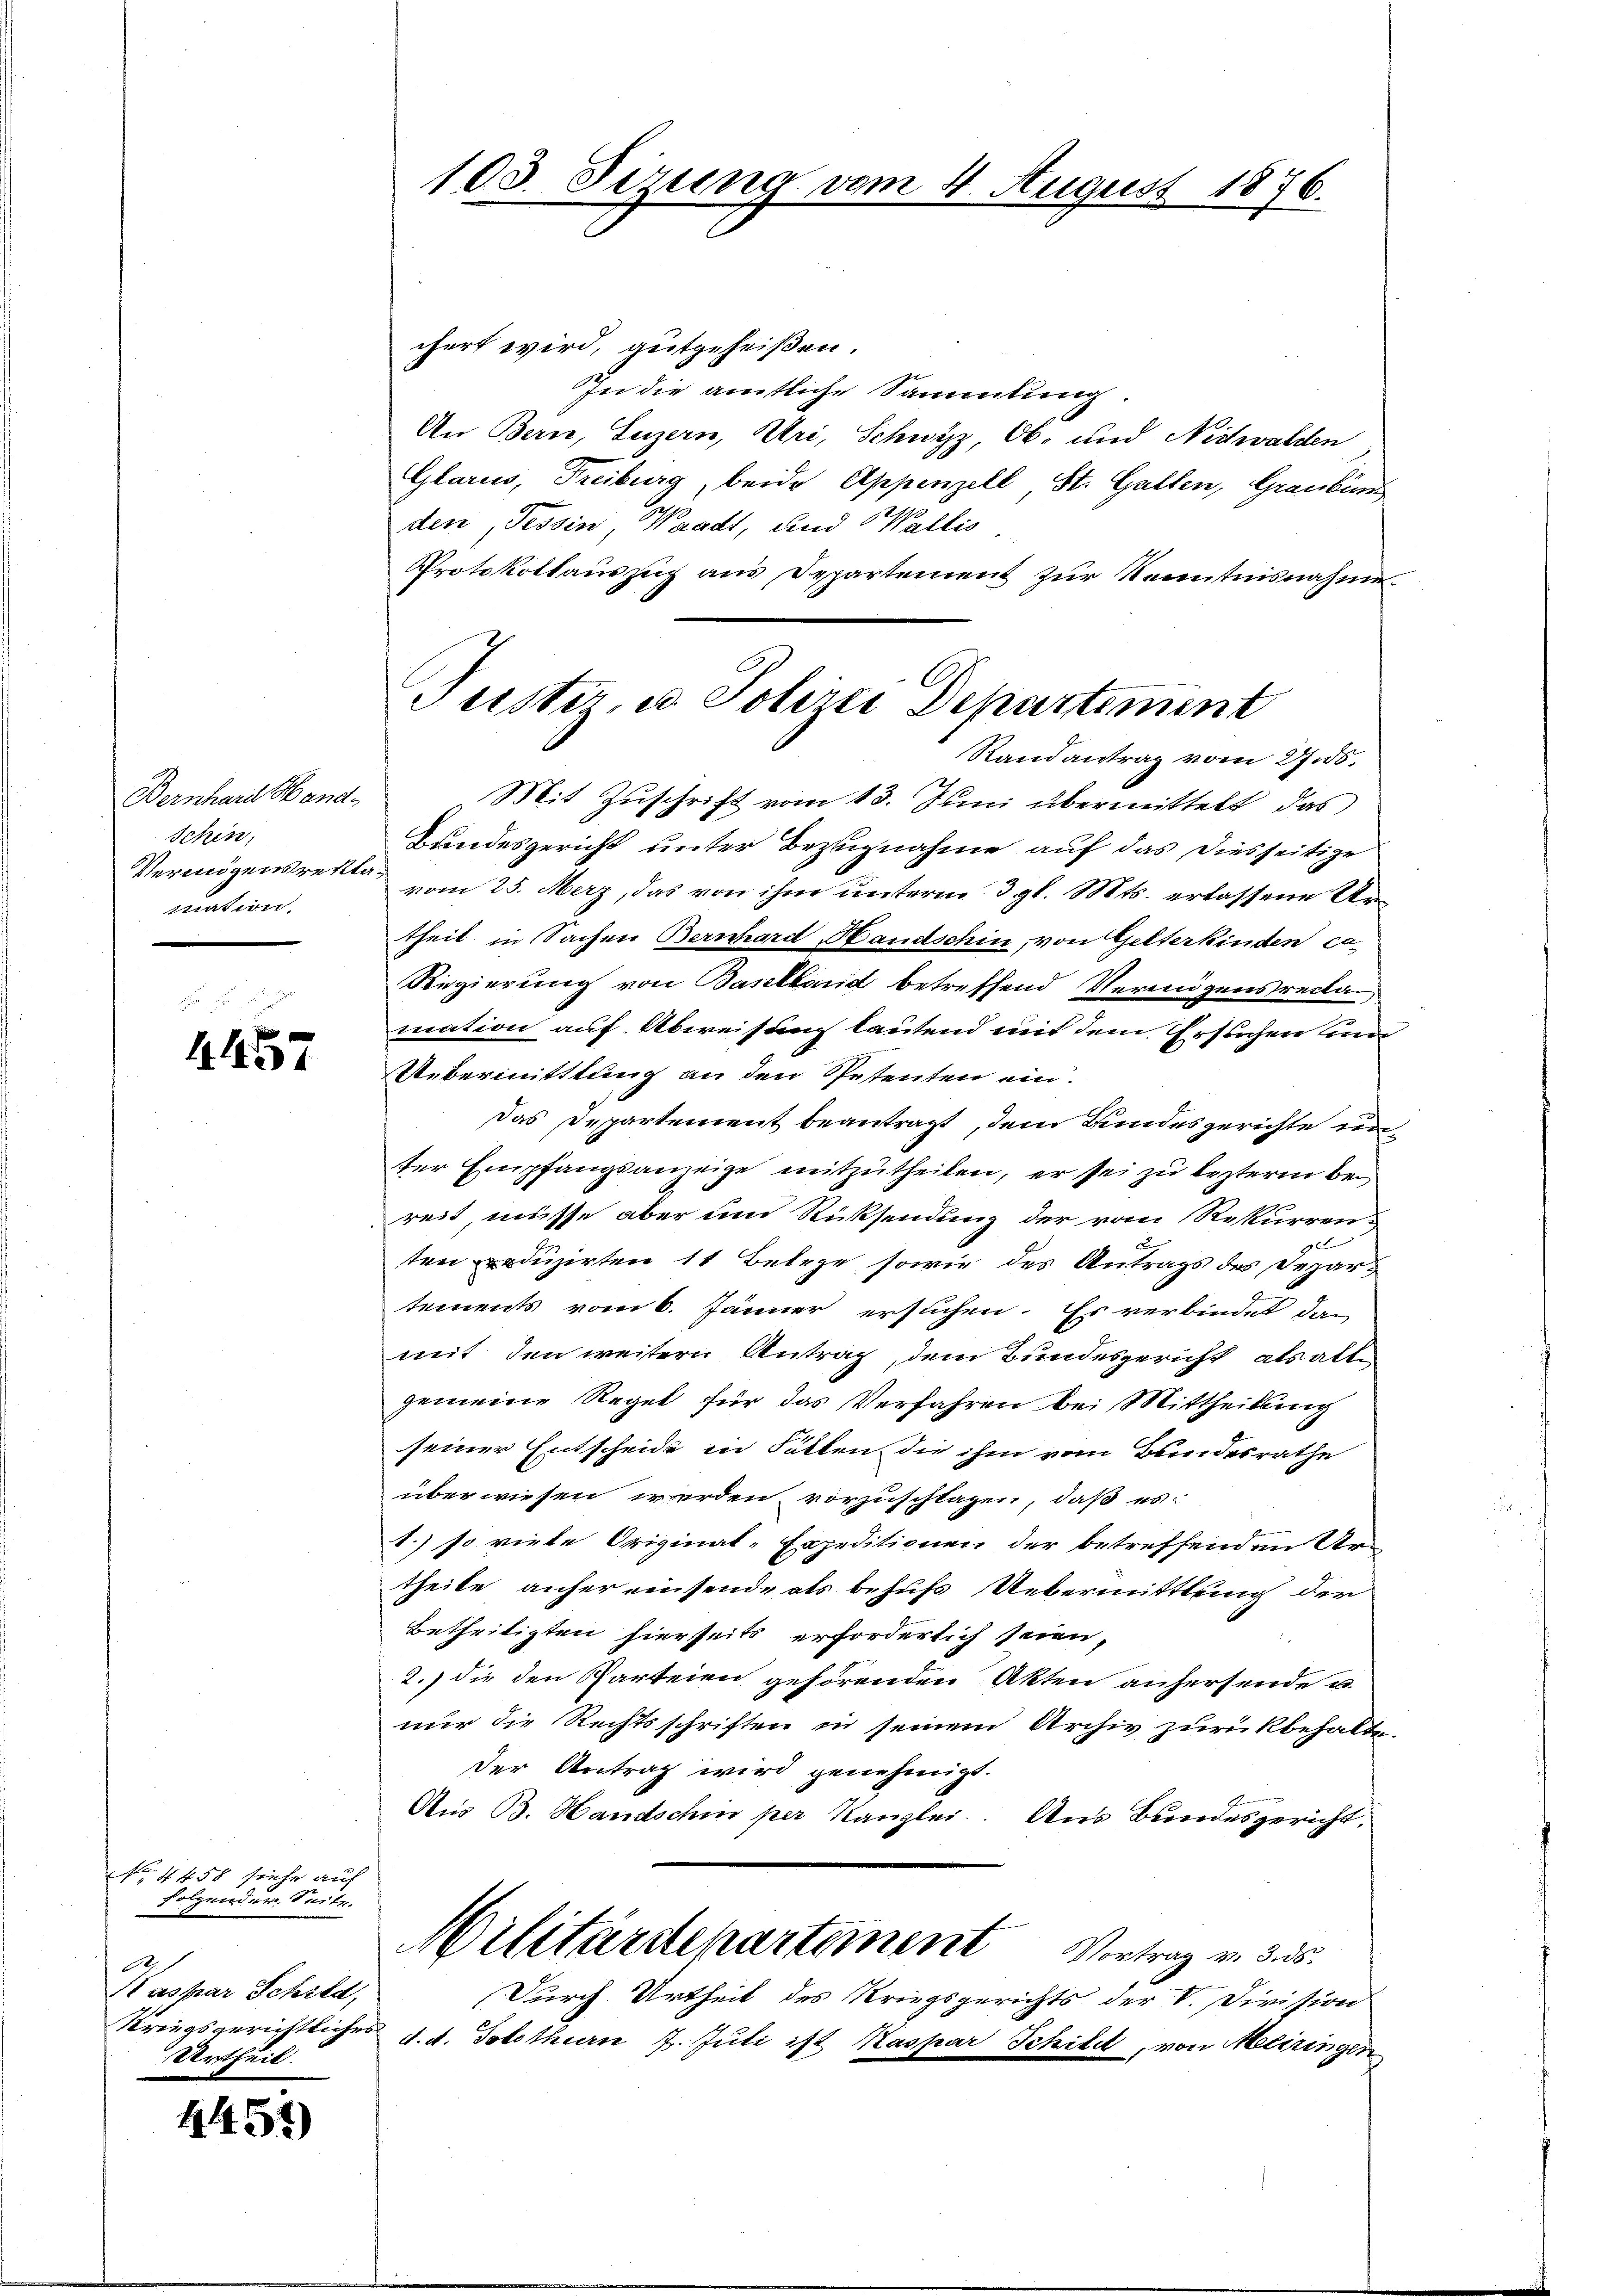
Bernhard Hand-
Schen,
Vermögensrekti
mation.

4457

No 4458 sehr auf
Folgender Seite.
1
Staspar Schied,
Kriegsgerichtliches
Urtheil.

4457)

103. Sirung vom 4. August 1876.

Tuster, u. Polizei Departiment
Randantrag vom 27.5.

chert wird, gutgeheißen.
In die amtliche Sammlung.
An Bern, Luzern, Uri, Schwyz, Ob- und Nidwalden
Glarus, Freiburg, beide Appenzell St. Gallen, Graubün
den, Tessin, Waadt, und Wallis
Protokollauszug aus Departement zur Kenntnisnahme.
Mit Zuschrift vom 13. Juni übermittelt, das
Bundesgericht unter Bezugnahme auf das Diesseitige
vom 25. Merz, das von ihm unterm 3. gl. Mts. erlassene Urtheil in Sachen Bernhard Handschin, von Gelterkinden ca
Regierung von Baselland betreffend Vermögensreclamation auf Abweisung lautend mit dem Gesuchen und
Uebermittlung an den Spetenten ein.
Das Departement beantragt, dem Hundesgerichte unter Empfangsanzeige mitzutheilen, er sei zu lezterm bei
reit, müsse aber und Rücksendung der vom Rekurren-
xx
ten reduzirten 11 Belege, sowie des Antrags des Depar-
tements vom 6. Jänner ersuchen. Es verbindet dan
mit den weitern Antrag, dem Bundesgericht als alte
gemeine Regel für das Verfahren bei Mittheilung
seiner Entscheide in Satten die ihm vom Bundesrathe
überwiesen werden vorzuschlagen, daß es
1.) so viele Original-Expeditionen der betreffenden Ur-
theile anhereinsende als behufs Uebermittlung der
Betheiligten hierseits erforderlich seien,
2.) die den Parteien gehörenden Akten anhersende u.
nur die Rechtsschriften in seinem Archiv zurückbehalte.
der Antrag wird genehmigt.
Aus B. Handschin per Kanzlei. Aus Bundesgericht.
Militärdepartement Vortrag v. 3. ds.
Durch Urtheil des Kriegsgerichts der V. Division
d. d. Solothurn 7. Juli ist Kaspar Schild, von Meliringen